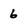
Character: 6